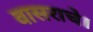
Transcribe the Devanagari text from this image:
वासराचे।